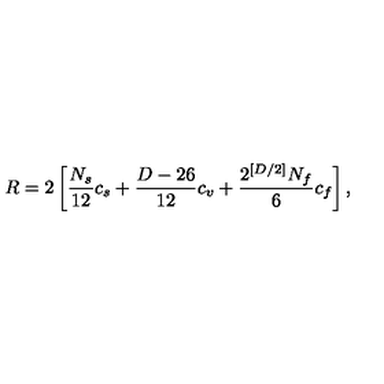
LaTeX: R = 2 \left[ \frac { N _ { s } } { 1 2 } c _ { s } + \frac { D - 2 6 } { 1 2 } c _ { v } + \frac { 2 ^ { [ D / 2 ] } N _ { f } } { 6 } c _ { f } \right] ,